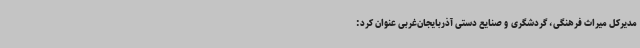
مدیرکل میراث فرهنگی، گردشگری و صنایع دستی آذربایجان‌غربی عنوان کرد: